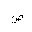
Letter: _sad